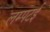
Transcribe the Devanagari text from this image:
लम्पटई